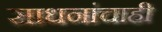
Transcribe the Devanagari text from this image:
साधनांचाही